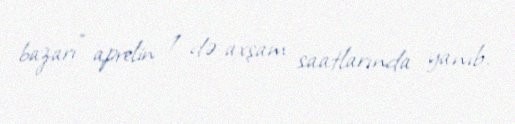
bazarı” aprelin 1-də axşam saatlarında yanıb.